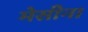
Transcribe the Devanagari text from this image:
मेसीना